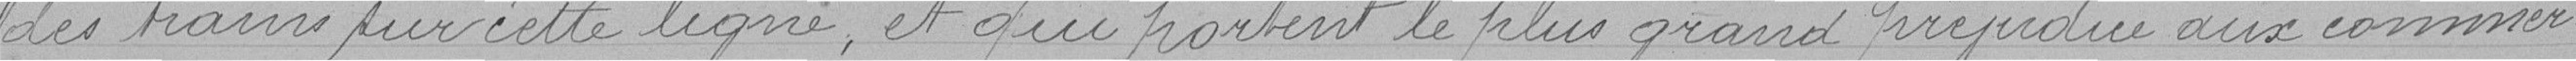
des trains sur cette ligne, et qui portent le plus grand préjudice aux commer=